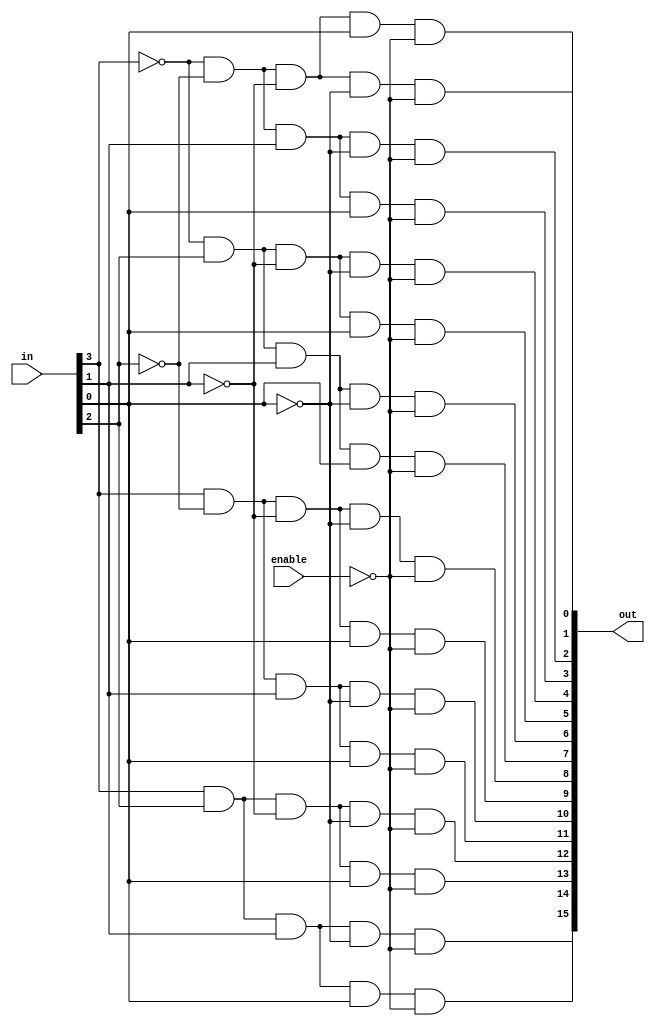
// Design a 4 to 16 decoder with active low enable.

module decoder_4to16_active_low_enable(output [15:0] out,
                     input [3:0] in,
                     input enable);

assign out[14] =  in[3]  &   in[2]  &   in[1]  & (~in[0]) & (~enable);
assign out[13] =  in[3]  &   in[2]  & (~in[1]) &   in[0]  & (~enable);
assign out[12] =  in[3]  &   in[2]  & (~in[1]) & (~in[0]) & (~enable);
assign out[11] =  in[3]  & (~in[2]) &   in[1]  &   in[0]  & (~enable);
assign out[10] =  in[3]  & (~in[2]) &   in[1]  & (~in[0]) & (~enable);
assign out[9] =   in[3]  & (~in[2]) & (~in[1]) &   in[0]  & (~enable);
assign out[8] =   in[3]  & (~in[2]) & (~in[1]) & (~in[0]) & (~enable);
assign out[7] = (~in[3]) &   in[2]  &   in[1]  &   in[0]  & (~enable);
assign out[6] = (~in[3]) &   in[2]  &   in[1]  & (~in[0]) & (~enable);
assign out[5] = (~in[3]) &   in[2]  & (~in[1]) &   in[0]  & (~enable);
assign out[4] = (~in[3]) &   in[2]  & (~in[1]) & (~in[0]) & (~enable);
assign out[3] = (~in[3]) & (~in[2]) &   in[1]  &   in[0]  & (~enable);
assign out[2] = (~in[3]) & (~in[2]) &   in[1]  & (~in[0]) & (~enable);
assign out[1] = (~in[3]) & (~in[2]) & (~in[1]) &   in[0]  & (~enable);
assign out[0] = (~in[3]) & (~in[2]) & (~in[1]) & (~in[0]) & (~enable);
assign out[15] =  in[3]  &   in[2]  &   in[1]  &   in[0]  & (~enable);

endmodule